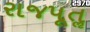
રાજપૂતૢ